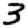
Digit: 3